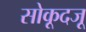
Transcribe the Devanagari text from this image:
सोकूदजू